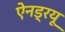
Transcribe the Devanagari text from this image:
ऐनड्रयू